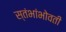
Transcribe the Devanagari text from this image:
स्तंभांभोवती